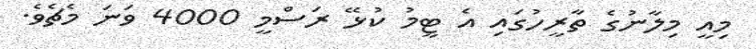
މިއީ މިލާނުގެ ތާރީހުގައި އެ ޓީމު ކުޅޭ ރަސްމީ 4000 ވަނަ މެޗެވެ.